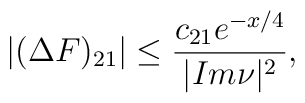
|(\Delta F)_{21}|\leq\frac{c_{21}e^{-x/4}}{|Im\nu|^2},